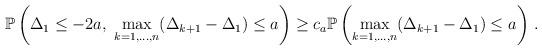
LaTeX: \begin{align*}\mathbb P\left(\Delta_1\le -2a,\ \max_{k=1,...,n}(\Delta_{k+1}-\Delta_1)\le a\right)\ge c_a \mathbb P\left(\max_{k=1,...,n}(\Delta_{k+1}-\Delta_1)\le a\right)\, .\end{align*}